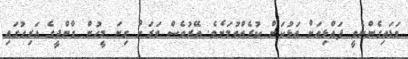
ވަޑައިގެންނެވީ ފައްޅިއަށް އަޅުކަން ކުރެއްވުމަށެވެ. އޭރުވެސް ވަރަށް ގިނަ މީހުން ގާންދީގެ އަރިހުގައި